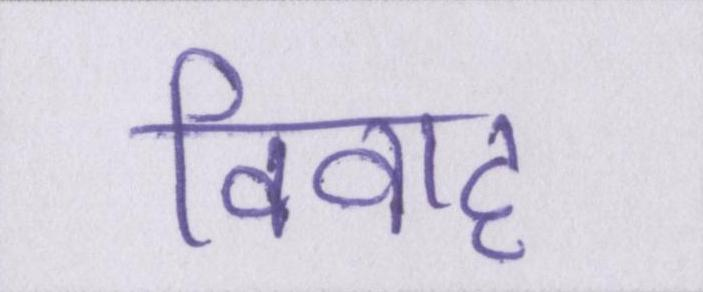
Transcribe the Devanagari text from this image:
विवाह